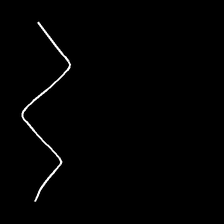
Glyph: crush